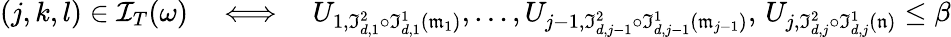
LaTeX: (j,k,l)\in\mathcal{I}_{T}(\omega)\quad\Longleftrightarrow\quad U_{1,\mathfrak I_{d,1}^{2}\circ\mathfrak I_{d,1}^{1}(\mathfrak m_{1})},\dots,U_{j-1,\mathfrak I_{d,j-1}^{2}\circ\mathfrak I_{d,j-1}^{1}(\mathfrak m_{j-1})},\, U_{j,\mathfrak I_{d,j}^{2}\circ\mathfrak I_{d,j}^{1}(\mathfrak n)}\le\beta